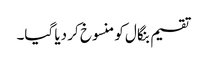
تقسیم بنگال کو منسوخ کر دیا گیا۔